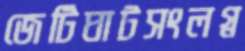
জেটিঘাটসংলগ্ন